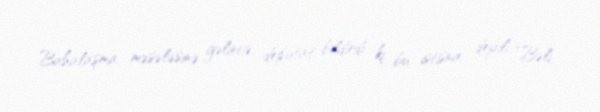
Bahalaşma məsələsinə gəlincə, deputat bildirdi ki, bu istisna deyil: “Bəli,